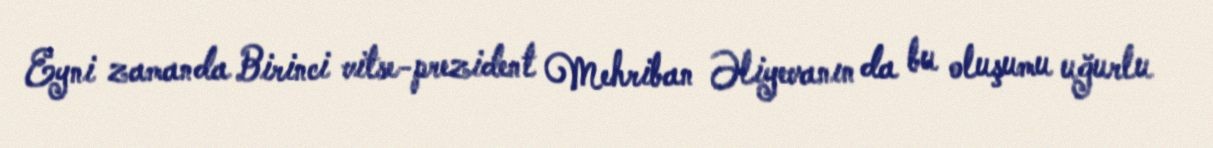
Eyni zamanda Birinci vitse-prezident Mehriban Əliyevanın da bu oluşumu uğurlu